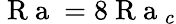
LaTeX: \mathrm{~R~a~}=8\mathrm{~R~a~}_{c}